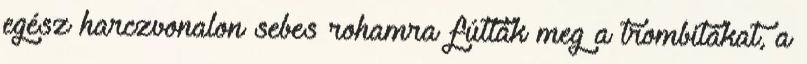
egész harczvonalon sebes rohamra fútták meg a trombitákat, a